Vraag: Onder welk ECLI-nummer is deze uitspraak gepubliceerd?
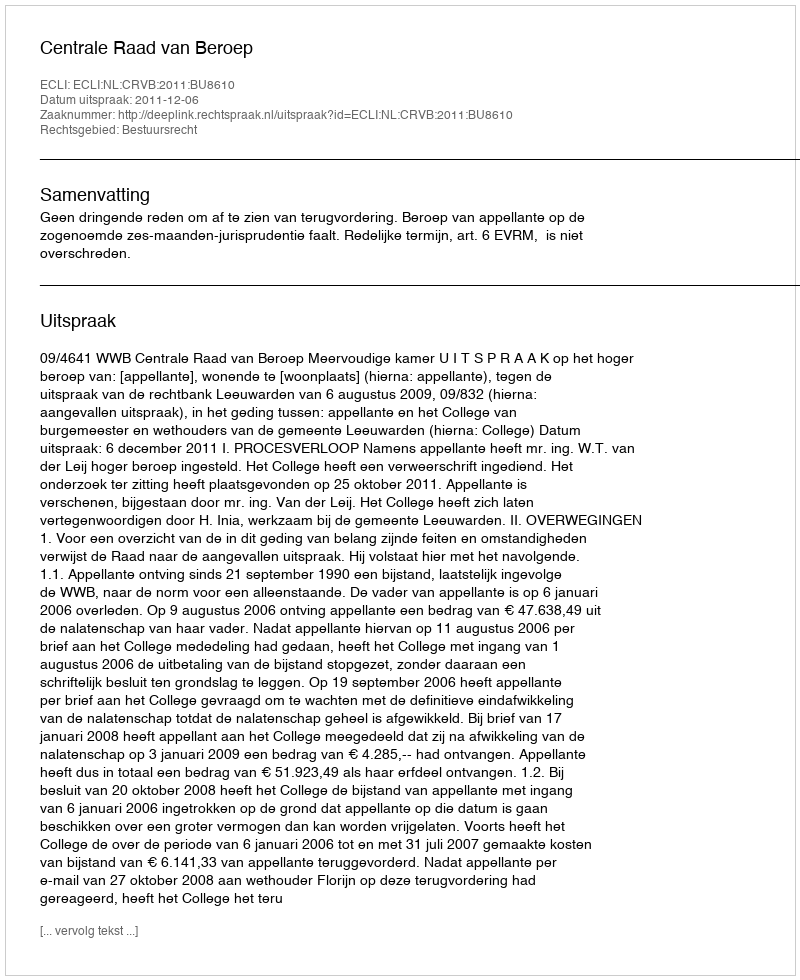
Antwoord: ECLI:NL:CRVB:2011:BU8610